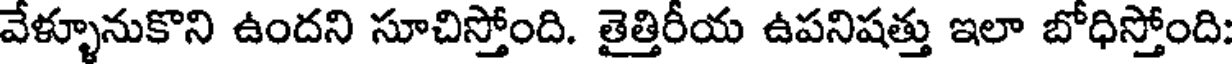
వేళ్ళూనుకొని ఉందని సూచిస్తోంది. తైత్తిరీయ ఉపనిషత్తు ఇలా బోధిస్తోంది